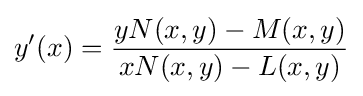
y'(x)={\frac {yN(x,y)-M(x,y)}{xN(x,y)-L(x,y)}}